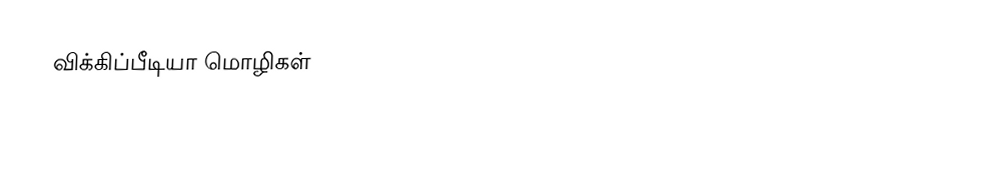
விக்கிப்பீடியா மொழிகள்